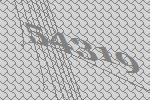
54319